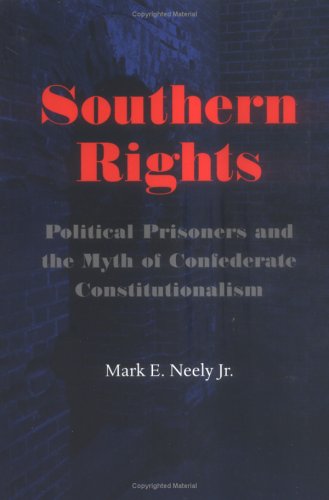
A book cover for Southern Rights: Political Prisoners and the Myth of Confederate Constitutionalism; Mark E. Neely Jr.; History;